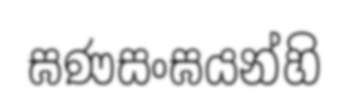
ඝණසංඝයන්හි